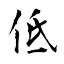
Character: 低